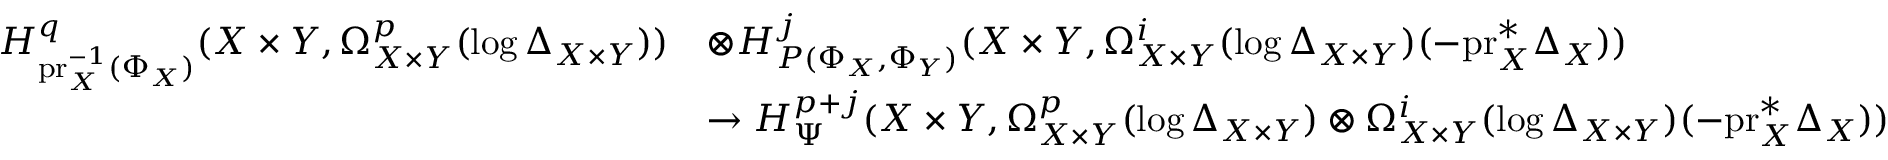
\begin{array} { r l } { H _ { \mathrm { p r } _ { X } ^ { - 1 } ( \Phi _ { X } ) } ^ { q } ( X \times Y , \Omega _ { X \times Y } ^ { p } ( \log \Delta _ { X \times Y } ) ) } & { \otimes H _ { P ( \Phi _ { X } , \Phi _ { Y } ) } ^ { j } ( X \times Y , \Omega _ { X \times Y } ^ { i } ( \log \Delta _ { X \times Y } ) ( - \mathrm { p r } _ { X } ^ { * } \Delta _ { X } ) ) } \\ & { \to H _ { \Psi } ^ { p + j } ( X \times Y , \Omega _ { X \times Y } ^ { p } ( \log \Delta _ { X \times Y } ) \otimes \Omega _ { X \times Y } ^ { i } ( \log \Delta _ { X \times Y } ) ( - \mathrm { p r } _ { X } ^ { * } \Delta _ { X } ) ) } \end{array}